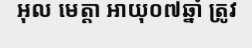
អុល មេត្តា អាយុ០៧ឆ្នាំ ត្រូវ